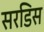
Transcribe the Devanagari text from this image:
सरडिस